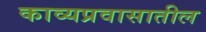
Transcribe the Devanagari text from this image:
काव्यप्रवासातील